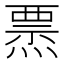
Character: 𤍟